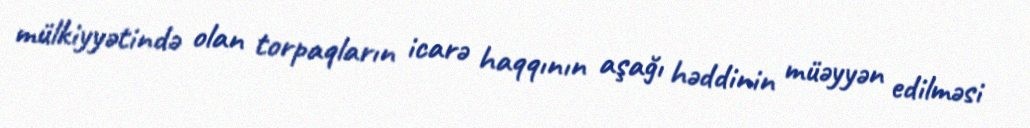
mülkiyyətində olan torpaqların icarə haqqının aşağı həddinin müəyyən edilməsi